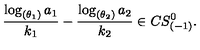
{ \frac { \log _ { ( \theta _ { 1 } ) } a _ { 1 } } { k _ { 1 } } } - { \frac { \log _ { ( \theta _ { 2 } ) } a _ { 2 } } { k _ { 2 } } } \in C S _ { ( - 1 ) } ^ { 0 } .